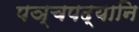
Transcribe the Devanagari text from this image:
पञ्चपद्यानि